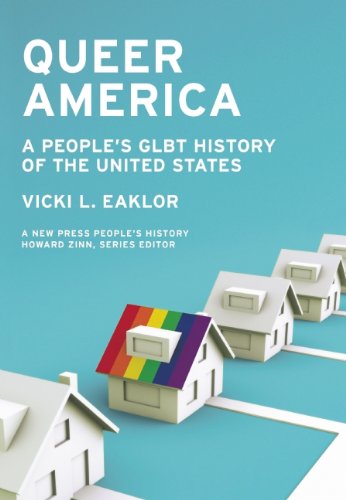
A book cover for Queer America: A People's GLBT History of the United States (New Press People's History); Vicki L. Eaklor; Gay & Lesbian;